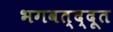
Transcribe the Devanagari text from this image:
भगवत्द्दूत